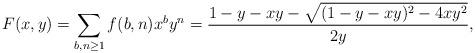
LaTeX: \begin{align*}F(x,y)=\sum_{b,n\ge 1}f(b,n)x^by^n=\frac{1-y-xy-\sqrt{(1-y-xy)^2 - 4xy^2}}{2y},\end{align*}